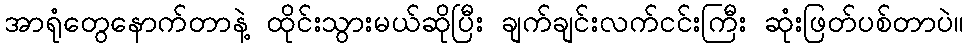
အာရုံတွေနောက်တာနဲ့ ထိုင်းသွားမယ်ဆိုပြီး ချက်ချင်းလက်ငင်းကြီး ဆုံးဖြတ်ပစ်တာပဲ။